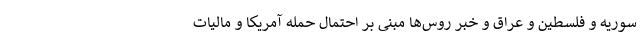
سوریه و فلسطین و عراق و خبر روس‌ها مبنی بر احتمال حمله آمریکا و مالیات